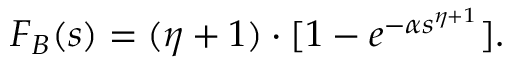
F _ { B } ( s ) = ( \eta + 1 ) \cdot [ 1 - e ^ { - \alpha s ^ { \eta + 1 } } ] .